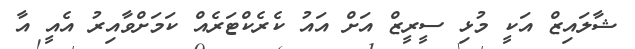
ޝާލައިޒް އަކީ މުޅި ސީރީޒް އަށް އައު ކެރެކްޓަރެއް ކަމަށްވާއިރު އެއީ އާ